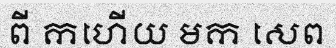
ពី កហើយ មក សេព